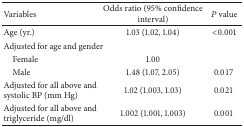
| Variables | Odds ratio (95% confidence interval) | P value |
 | --- | --- | --- |
 | Age (yr.) | 1.03 (1.02, 1.04) | <0.001 |
 | Adjusted for age and gender |  |  |
 | Female | 1.00 |  |
 | Male | 1.48 (1.07, 2.05) | 0.017 |
 | Adjusted for all above and systolic BP (mm Hg) | 1.02 (1.003, 1.03) | 0.021 |
 | Adjusted for all above and triglyceride (mg/dl) | 1.002 (1.001, 1.003) | 0.001 |